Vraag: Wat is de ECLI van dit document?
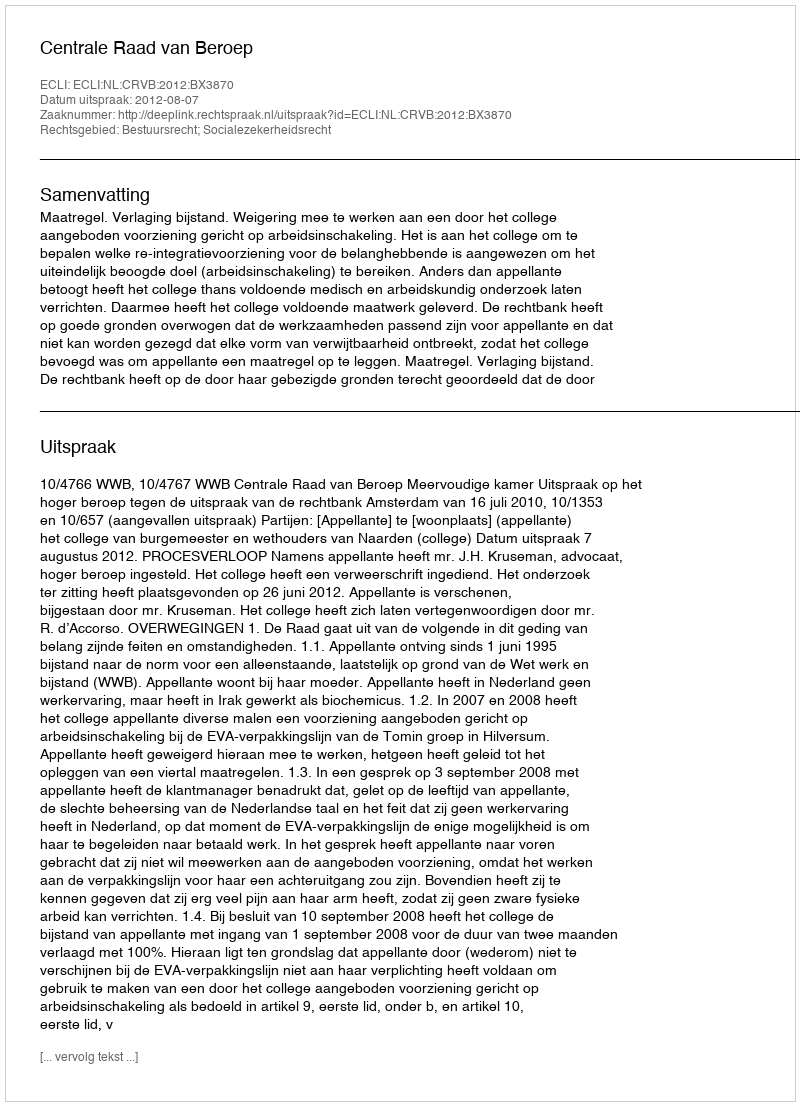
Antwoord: ECLI:NL:CRVB:2012:BX3870